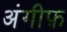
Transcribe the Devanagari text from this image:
अंगीफ़